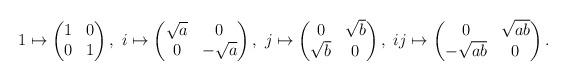
LaTeX: \begin{align*} 1\mapsto\begin{pmatrix} 1&0\\ 0&1 \end{pmatrix},\ i\mapsto\begin{pmatrix} \sqrt{a}&0\\ 0&-\sqrt{a} \end{pmatrix},\ j\mapsto\begin{pmatrix} 0&\sqrt{b}\\ \sqrt{b}&0 \end{pmatrix},\ ij\mapsto\begin{pmatrix} 0&\sqrt{ab}\\ -\sqrt{ab}&0 \end{pmatrix}.\end{align*}